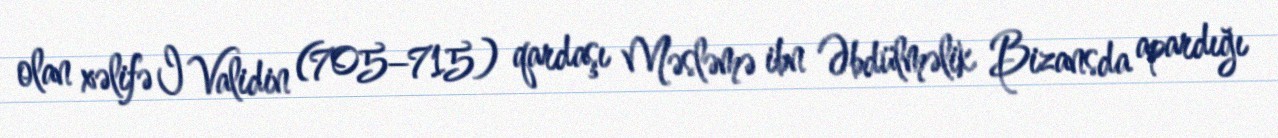
olan xəlifə I Validin (705–715) qardaşı Məsləmə ibn Əbdülməlik Bizansda apardığı